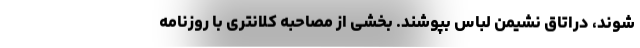
شوند، دراتاق نشیمن لباس بپوشند. بخشی از مصاحبه کلانتری با روزنامه